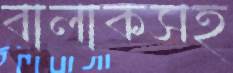
বালাকসহ